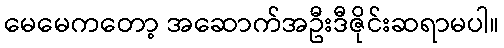
မေမေကတော့ အဆောက်အဦးဒီဇိုင်းဆရာမပါ။